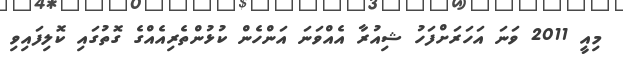
މިއީ 2011 ވަނަ އަހަރަށްފަހު ޝިއުރާ އެއްވަނަ އަންހެން ކުޅުންތެރިއެއްގެ ގޮތުގައި ކޮލިފައިވި